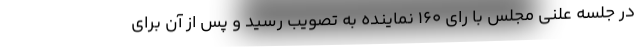
در جلسه علنی مجلس با رای ۱۶۰ نماینده به تصویب رسید و پس از آن برای